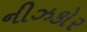
નીઝકોર